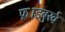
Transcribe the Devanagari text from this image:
फ्राइबुर्ख